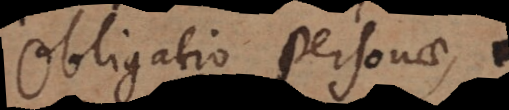
obligatio personae.